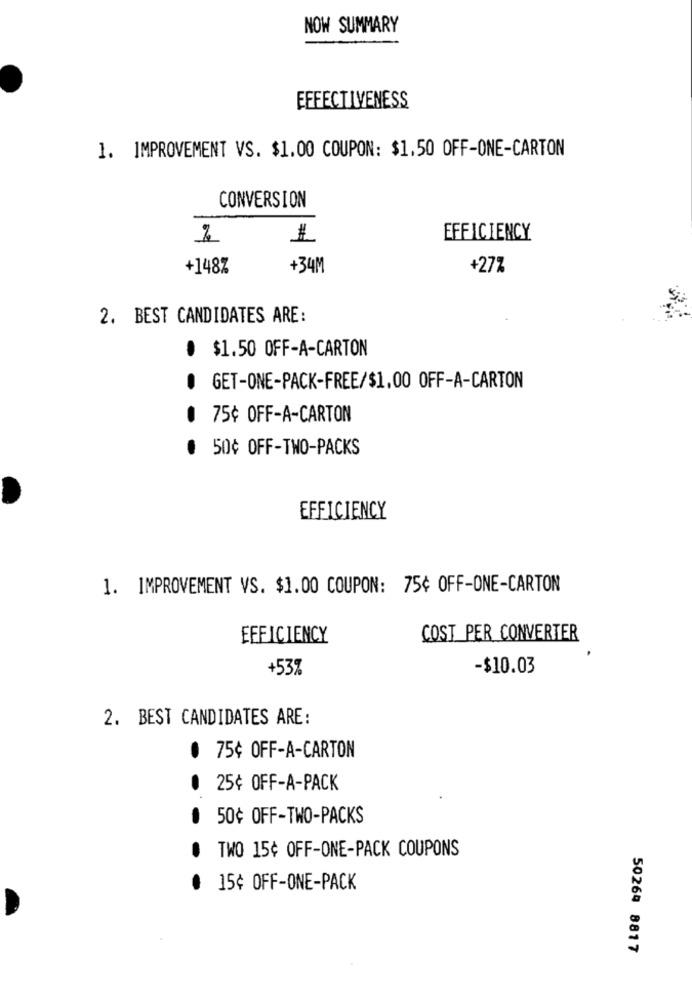
NOW SUMMARY
EFFECTIVENESS
1. IMPROVEMENT VS. $1.00 COUPON: $1.50 OFF-ONE-CARTON
CONVERSION
1
EFFICIENCY
+148%
+34M
+27%
2. BEST CANDIDATES ARE:
· $1.50 OFF-A-CARTON
O GET-ONE-PACK-FREE/$1.00 OFF-A-CARTON
@ 75¢ OFF-A-CARTON
50¢ OFF-TWO-PACKS
EFFICIENCY
1. IMPROVEMENT VS. $1.00 COUPON: 75¢ OFF-ONE-CARTON
EFFICIENCY
COST PER CONVERTER
+53%
-$10.03
2. BEST CANDIDATES ARE:
. 75¢ OFF-A-CARTON
@ 25¢ OFF-A-PACK
50¢ OFF-TWO-PACKS
TWO 15¢ OFF-ONE-PACK COUPONS
15¢ OFF-ONE-PACK
50269 8817